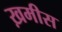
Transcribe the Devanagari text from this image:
ख़मीस